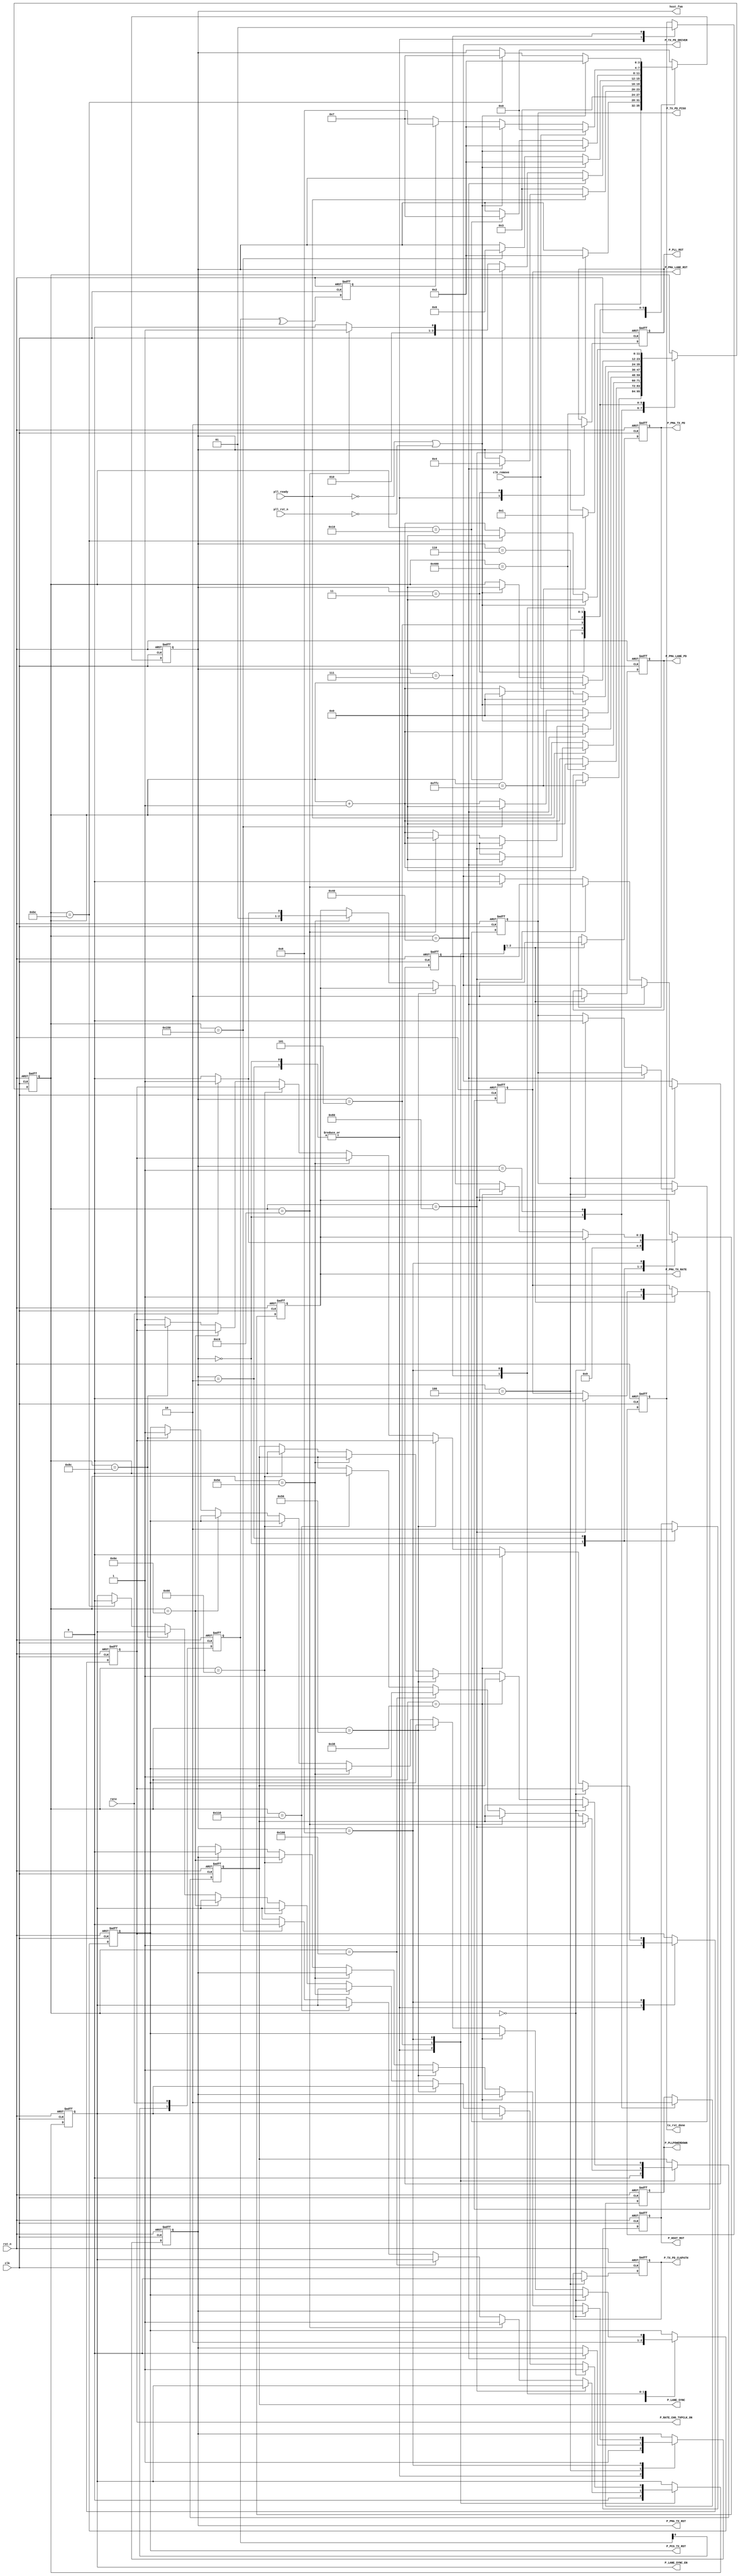
//******************************************************************
// Copyright (c) 2015 PANGO MICROSYSTEMS, INC
// ALL RIGHTS REVERVED.
//******************************************************************
`timescale 1ns/1ps
module hsstl_rst4mcrsw_tx_rst_fsm_v1_1(
    input   wire                        clk,
    input   wire                        rst_n,
    input   wire                        pll_rst_n,

    input   wire                        pll_ready,

    input   wire                        clk_remove,
    input   wire                        rate,

    output  reg     [3:0]               hsst_fsm,

    output  reg                         P_PMA_LANE_PD,   //for each lane
    output  reg                         P_PMA_LANE_RST,  //for each lane  
    output  reg                         P_HSST_RST,
    output  reg                         P_PLLPOWERDOWN,
    output  reg                         P_PLL_RST,

    output  reg                         P_PMA_TX_PD,
    output  reg                         P_PMA_TX_RST,   
           
    output  reg                         P_RATE_CHG_TXPCLK_ON,
    output  reg                         P_LANE_SYNC_EN,    
    output  reg                         P_LANE_SYNC,
    output  reg     [2:0]               P_PMA_TX_RATE,
    output  reg                         P_PCS_TX_RST,
    output  reg                         P_TX_PD_CLKPATH,
    output  reg                         P_TX_PD_PISO,
    output  reg                         P_TX_PD_DRIVER, 
    output  reg                         tx_rst_done
);

localparam CNTR_WIDTH                    = 12 ;

localparam PLL_PWRDONE_CNTR_VALUE        = 4*1023;
localparam PLL_RST_CNTR_VALUE            = 4*256;
localparam PMA_TX_RST_CNTR_VALUE          = 64;
localparam BONDING_RST_RELEASE_VALUE     = 128;
localparam BONDING_SYNC_EN_POS_VALUE     = BONDING_RST_RELEASE_VALUE + 64;
localparam BONDING_SYNC_POS_VALUE        = BONDING_SYNC_EN_POS_VALUE + 64;
localparam BONDING_SYNC_NEG_VALUE        = BONDING_SYNC_POS_VALUE + 16;
localparam BONDING_SYNC_EN_NEG_VALUE     = BONDING_SYNC_NEG_VALUE + 64;

localparam TX_PCS_RST_CNTR_VALUE         = 16;

localparam RATE_SYNC_EN_POS_VALUE        = 0;
localparam RATE_RCHANGE_NEG_VALUE        = RATE_SYNC_EN_POS_VALUE + 56;
localparam RATE_RST_POS_VALUE            = RATE_RCHANGE_NEG_VALUE + 30;
localparam RATE_UPPDATE_RATE_CNT_VALUE   = RATE_RST_POS_VALUE + 8;
localparam RATE_SYNC_NEG_VALUE           = RATE_UPPDATE_RATE_CNT_VALUE + 8;
localparam RATE_RST_NEG_VALUE            = RATE_SYNC_NEG_VALUE + 8;
localparam RATE_RCHANGE_POS_VALUE        = RATE_RST_NEG_VALUE + 30;
localparam RATE_SYNC_EN_NEG_VALUE        = RATE_RCHANGE_POS_VALUE + 48;





localparam HSST_IDLE         = 4'd0;
localparam PMA_PD_UP         = 4'd1;
localparam PMA_PLL_RST       = 4'd2;
localparam PMA_PLL_LOCK      = 4'd3;
localparam PMA_TX_RST        = 4'd4;
localparam PMA_BONDING       = 4'd5;
localparam TX_PCS_RST        = 4'd6;
localparam TX_RST_DONE       = 4'd7;
localparam TX_RATE_ONLY      = 4'd8;

reg     [CNTR_WIDTH-1 : 0] cntr;
reg     [1:0]              rate_ff;
reg                        rate_chng;

always @(posedge clk or negedge rst_n)
begin
    if (!rst_n)
    begin
        rate_ff       <= 2'd0;
        rate_chng     <= 1'b0;
    end
    else
    begin
        rate_ff[0]     <= rate;
        rate_ff[1]     <= rate_ff[0];
        rate_chng      <= ^rate_ff;
    end
end

always @(posedge clk or negedge rst_n)
begin
    if (!rst_n)
    begin
        hsst_fsm                        <= HSST_IDLE;
        cntr                            <= {CNTR_WIDTH{1'b0}};
        P_PMA_LANE_PD                   <= 1'b1;  //powerdown
        P_PMA_LANE_RST                  <= 1'b1;  //in reset  
        P_HSST_RST                      <= 1'b1;  //in reset
        P_PLLPOWERDOWN                  <= 1'b1;
        P_PLL_RST                       <= 1'b1;
        P_PMA_TX_PD                     <= 1'b1;
        P_PMA_TX_RST                    <= 1'b1;
        P_RATE_CHG_TXPCLK_ON            <= 1'b1;
        P_TX_PD_CLKPATH                 <= 1'b1;
        P_TX_PD_DRIVER                  <= 1'b1;
        P_LANE_SYNC                     <= 1'b0;
        P_LANE_SYNC_EN                  <= 1'b0;
        P_PMA_TX_RATE                   <= 3'd2;  //010, half rate
        P_PCS_TX_RST                    <= 1'b1;
        P_TX_PD_PISO                    <= 1'b1;
        tx_rst_done                     <= 1'b0;
    end
    else
    begin
        case (hsst_fsm)
            HSST_IDLE :
            begin
                P_PMA_LANE_PD           <= 1'b1; 
                P_PMA_LANE_RST          <= 1'b1; 
                P_HSST_RST              <= 1'b1;  //reset
                P_PLLPOWERDOWN          <= 1'b1;  //power down
                P_PLL_RST               <= 1'b1;  //reset
                P_PMA_TX_PD             <= 1'b1;
                P_PMA_TX_RST            <= 1'b1; 
                P_RATE_CHG_TXPCLK_ON    <= 1'b1;
                P_LANE_SYNC             <= 1'b0;
                P_LANE_SYNC_EN          <= 1'b0;
                P_PMA_TX_RATE           <= 3'd2;  //010, half rate
                P_PCS_TX_RST            <= 1'b1;  //reset
                tx_rst_done             <= 1'b0;
                if (cntr == PLL_PWRDONE_CNTR_VALUE) begin  //>40us
                   hsst_fsm             <= PMA_PD_UP;
                   cntr                 <= {CNTR_WIDTH{1'b0}};
                end
                else
                   cntr                 <= cntr + {{CNTR_WIDTH-1{1'b0}},1'b1};
            end
            PMA_PD_UP :
            begin
                 P_PLLPOWERDOWN          <= 1'b0;  //power power up
                 if (cntr == PLL_RST_CNTR_VALUE)   //>1us
                    begin
                        hsst_fsm             <= PMA_PLL_RST;
                        cntr                 <= {CNTR_WIDTH{1'b0}};
                    end
                 else
                        cntr                 <= cntr + {{CNTR_WIDTH-1{1'b0}},1'b1};
             end

            PMA_PLL_RST :
            begin
                P_HSST_RST              <= 1'b0;  //release reset
                //----------------------------------------------------
                //default setting for signals
                P_PMA_LANE_PD           <= 1'b1;  
                P_PMA_LANE_RST          <= 1'b1;   
                P_PLL_RST               <= 1'b1;  //reset
                P_PMA_TX_PD             <= 1'b1;
                P_PMA_TX_RST            <= 1'b1; 
                P_RATE_CHG_TXPCLK_ON    <= 1'b1;
                P_LANE_SYNC             <= 1'b0;
                P_LANE_SYNC_EN          <= 1'b0;
                P_PMA_TX_RATE           <= rate ? 3'd3 : 3'd2;
                P_PCS_TX_RST            <= 1'b1;  //reset
                tx_rst_done             <= 1'b0;               
                hsst_fsm                <= PMA_PLL_LOCK;
                        
            end
            PMA_PLL_LOCK :
            begin
                P_PLL_RST               <= 1'b0; //release pll reset
                if (pll_ready)
                    begin 
                        if(cntr == PMA_TX_RST_CNTR_VALUE)
                         begin    
                            hsst_fsm            <= PMA_TX_RST;
                            cntr                <= {CNTR_WIDTH{1'b0}};
                        end
                        else 
                            cntr                 <= cntr + {{CNTR_WIDTH-1{1'b0}},1'b1};                       
                    end
                else
                     hsst_fsm            <= PMA_PLL_LOCK;
         
            end
            PMA_TX_RST:
            begin
                P_TX_PD_CLKPATH <= 1'b0;
                if(cntr == PMA_TX_RST_CNTR_VALUE)
                    begin
                        P_PMA_TX_RST <= 1'b0;
                        cntr         <= cntr + {{CNTR_WIDTH-1{1'b0}},1'b1}; 
                    end
                else if(cntr == PMA_TX_RST_CNTR_VALUE*2)
                    begin
                        P_TX_PD_PISO <= 1'b0;
                        cntr       <= cntr + {{CNTR_WIDTH-1{1'b0}},1'b1}; 
                     end
                else if(cntr == PMA_TX_RST_CNTR_VALUE*3)
                    begin
                        P_TX_PD_DRIVER <= 1'b0;
                        cntr         <= {CNTR_WIDTH{1'b0}};
                        hsst_fsm     <= PMA_BONDING;
                     end
                else
                    begin
                        cntr         <= cntr + {{CNTR_WIDTH-1{1'b0}},1'b1}; 
                        hsst_fsm    <= PMA_TX_RST; 
                    end
            end 
                   
            PMA_BONDING :
            begin
                // releae power down
                P_PMA_LANE_PD           <= 1'b0;
                P_PMA_TX_PD             <= 1'b0;
                if ((~pll_ready) | (~pll_rst_n))
                begin
                    hsst_fsm            <= PMA_PLL_RST;
                    cntr                <= {CNTR_WIDTH{1'b0}};
                end
                else if (cntr == BONDING_SYNC_EN_NEG_VALUE)
                begin
                    hsst_fsm            <= TX_PCS_RST;
                    cntr                <= {CNTR_WIDTH{1'b0}};
                end
                else
                begin
                    cntr                <= cntr + {{CNTR_WIDTH-1{1'b0}},1'b1};
                end

                if (cntr == BONDING_RST_RELEASE_VALUE) begin //>1us
                    P_PMA_LANE_RST <= 1'b0;
                //    P_PMA_TX_RST   <= 1'b0;
                end
                else if (cntr == BONDING_SYNC_EN_POS_VALUE) //>500us
                    P_LANE_SYNC_EN <= 1'b1;
                else if (cntr == BONDING_SYNC_POS_VALUE) //>500us
                    P_LANE_SYNC    <= 1'b1;
                else if (cntr == BONDING_SYNC_NEG_VALUE)
                    P_LANE_SYNC    <= 1'b0;
                else if (cntr == BONDING_SYNC_EN_NEG_VALUE) begin
                    P_LANE_SYNC_EN <= 1'b0;
                end
            end
            TX_PCS_RST :
            begin
                if ((~pll_ready) | (~pll_rst_n))
                begin
                    hsst_fsm            <= PMA_PLL_RST;
                    cntr                <= {CNTR_WIDTH{1'b0}};
                end
                else if (cntr == TX_PCS_RST_CNTR_VALUE)
                begin
                    hsst_fsm            <= TX_RST_DONE;
                    cntr                <= {CNTR_WIDTH{1'b0}};
                end
                else
                    cntr                <= cntr + {{CNTR_WIDTH-1{1'b0}},1'b1};
            end
            TX_RST_DONE :
            begin
                P_PCS_TX_RST    <= 1'b0;
                tx_rst_done     <= 1'b1;
                if (clk_remove)
                    hsst_fsm            <= HSST_IDLE;                
                else if ((~pll_ready) | (~pll_rst_n))
                begin
                    hsst_fsm            <= PMA_PLL_RST;
                    cntr                <= {CNTR_WIDTH{1'b0}};
                end
                else if (rate_chng)
                    hsst_fsm            <= TX_RATE_ONLY;
                else
                    hsst_fsm            <= TX_RST_DONE;
            end
            TX_RATE_ONLY :
            begin
                if ((~pll_ready) | (~pll_rst_n)) begin
                    hsst_fsm            <= PMA_PLL_RST;
                    cntr                <= {CNTR_WIDTH{1'b0}};
                end
                else if (cntr == RATE_SYNC_EN_NEG_VALUE)
                begin
                    hsst_fsm            <= TX_RST_DONE;
                    cntr                <= {CNTR_WIDTH{1'b0}};
                end
                else
                begin
                    cntr                <= cntr + {{CNTR_WIDTH-1{1'b0}},1'b1};
                end
                 
                if (cntr == RATE_SYNC_EN_POS_VALUE) 
                   P_LANE_SYNC_EN <= 1'b1;
                else if (cntr == RATE_RCHANGE_NEG_VALUE) 
                   P_RATE_CHG_TXPCLK_ON <= 1'b0;
                else if (cntr == RATE_RST_POS_VALUE) begin
                   P_PMA_TX_RST <= 1'b1;
                   P_LANE_SYNC  <= 1'b1;
                end
                else if (cntr == RATE_UPPDATE_RATE_CNT_VALUE)
                   P_PMA_TX_RATE <= rate ? 3'd3 : 3'd2;
                else if (cntr == RATE_SYNC_NEG_VALUE)
                   P_LANE_SYNC  <= 1'b0;
                else if (cntr == RATE_RST_NEG_VALUE)
                   P_PMA_TX_RST <= 1'b0;
                else if (cntr == RATE_RCHANGE_POS_VALUE) begin
                    P_PCS_TX_RST    <= 1'b1;                
                    P_RATE_CHG_TXPCLK_ON <= 1'b1;
                end
                else if (cntr == RATE_SYNC_EN_NEG_VALUE)
                   P_LANE_SYNC_EN <= 1'b0;
            end
            default :
            begin
                hsst_fsm                <= HSST_IDLE;
            end
        endcase
    end
end

endmodule